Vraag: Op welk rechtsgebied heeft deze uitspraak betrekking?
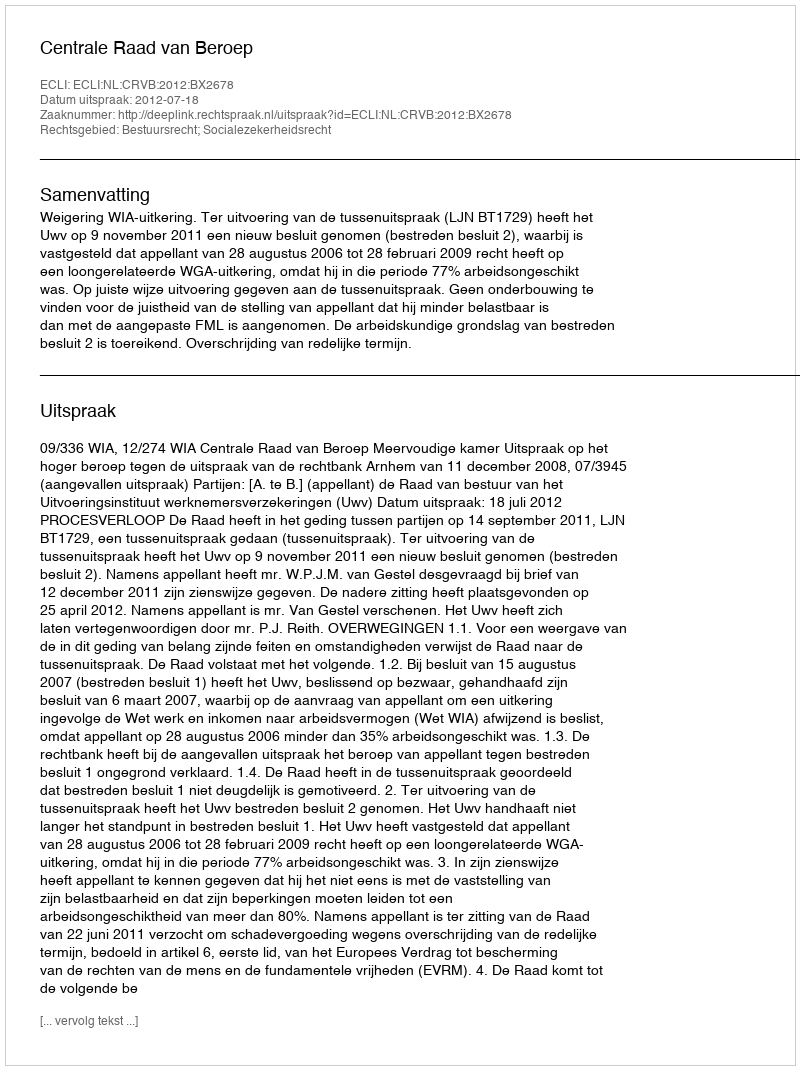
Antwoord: Bestuursrecht; Socialezekerheidsrecht